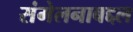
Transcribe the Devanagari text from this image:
संमेलनाबद्दल